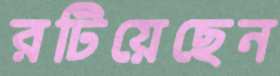
রটিয়েছেন